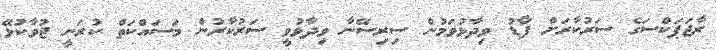
ރާޖަޕަކްސަގެ ސަރުކާރަށް ފާޑު ވިދާޅުވަމުން ސިރިސޭނާ ވިދާޅުވީ ސަރުކާރުން މަސައްކަތް ކުރަނީ ޖުވާކުޅޭ